Investigations on Bengal jail dietaries - Number 37
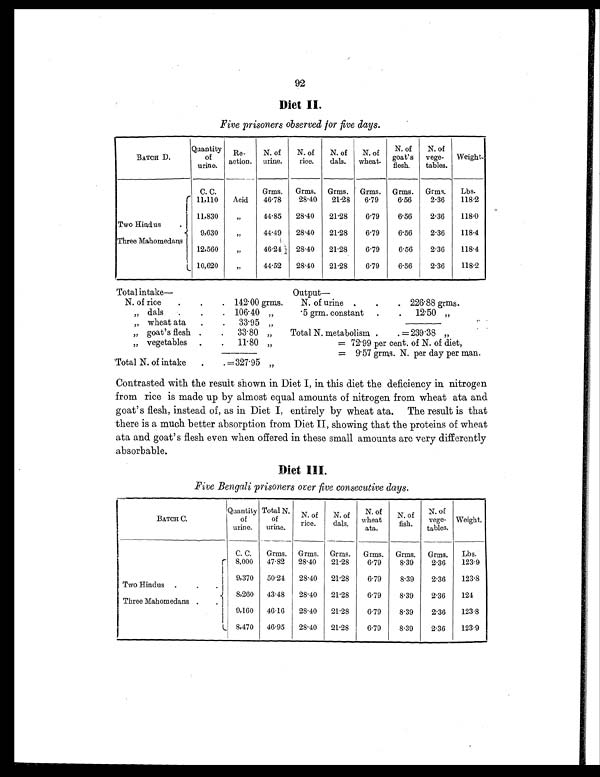
92
Diet II.
Five prisoners observed for five days.
BATCH D.
Quantity
of
urine.
Re-
action.
N. of
urine.
N. of
rice.
N. of
dals.
N. of
wheat.
N. of
goat's
flesh.
N. of
vege-
tables.
Weight.
C. C.
Grms. Grms. Grms. Grms. Grms. Grms. Lbs.
11,110 Acid 46.78
28.40 21.28 6.79
6.56
2.36
118.2
Two Hindus .
11,830
„
44.85 28.40 21.28
6.79
6.56
2.36
118.0
9,630
„
44.49 28.40 21.28
6.79
6.56
2.36
118.4
Three Mahomedans
12,560
„
46.24 28.40 21.28
6.79
6.56
2.36
118.4
10,620
„
44.52 28.40 21.28
6.79
6.56
2.36
118.2
Total intake—
Output —
N. of rice
.
.
. 142.00 grms.
N. of urine
. .
. 226.88 grms.
„ dals .
.
. 106.40 „
.5 grm. constant .
. 12.50 „
„ wheat ata .
. 33.95
„
„ goat's flesh .
. 33.80 „
Total N. metabolism .
. = 239.38 „
„ vegetables
.
. 11.80 „
= 72.99 per cent. of N. of diet,
= 9.57 grms. N. per day per man.
Total N. of intake
.
. =327.95 „
Contrasted with the result shown in Diet I, in this diet the deficiency in nitrogen
from rice is made up by almost equal amounts of nitrogen from wheat ata and
goat's flesh, instead of, as in Diet I, entirely by wheat ata. The result is that
there is a much better absorption from Diet II, showing that the proteins of wheat
ata and goat's flesh even when offered in these small amounts are very differently
absorbable.
Diet III.
Five Bengali prisoners over five consecutive days.
BATCH C.
Quantity
of
urine.
Total N.
of
urine.
N. of
rice.
N. of
dals.
N. of
wheat
ata.
N. of
fish.
N. of
vege- t a b l e s . Weight.
C. C. Grms. Grms. Grms. Grms. Grms. Grms. Lbs.
8,000 47.82 28.40 21.28
6.79
8.39
2.36
123.9
Two Hindus . . .
9,370 50.24 28.40 21.28
6.79
8.39
2.36
123.8
8,260 43.48 28.40 21.28
6.79
8.39
2.36
124
Three Mahomedans . .
9,160 46.16 28.40 21.28
6.79
8.39
2.36
123.8
8,470 46.95 28.40 21.28
6.79
8.39
2.36
123.9